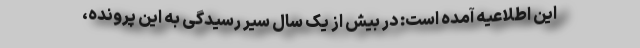
این اطلاعیه آمده است: در بیش از یک سال سیر رسیدگی به این پرونده،